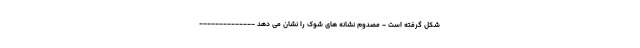
شکل گرفته است - مصدوم نشانه های شوک را نشان می دهد --------------